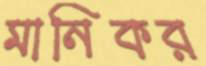
মানিকর